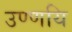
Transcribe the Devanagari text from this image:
उण्णयि